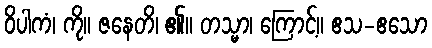
ဝိပါကံ၊ ကို။ ဇနေတိ၊ ၏။ တသ္မာ၊ ကြောင့်။ ဧသ-ဧသော